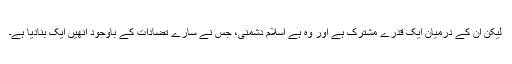
لیکن اُن کے درمیان ایک قدرے مشترک ہے اور وہ ہے اسلام دشمنی، جس نے سارے تضادات کے باوجود انھیں ایک بنادیا ہے۔